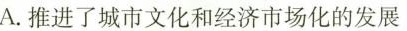
A.推进了城市文化和经济市场化的发展